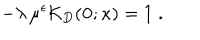
- \lambda \, \mu ^ { \epsilon } { \mathcal K } _ { { D } } ( { \bf 0 } ; \kappa ) = 1 \; .